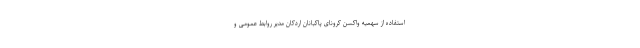
استفاده از سهمیه واکسن کرونای پاکبانان اردکان مدیر روابط عمومی و